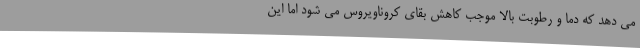
می دهد که دما و رطوبت بالا موجب کاهش بقای کروناویروس می شود اما این